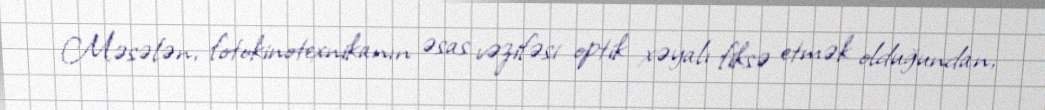
Məsələn, fotokinotexnikanın əsas vəzifəsi optik xəyalı fiksə etmək olduğundan,